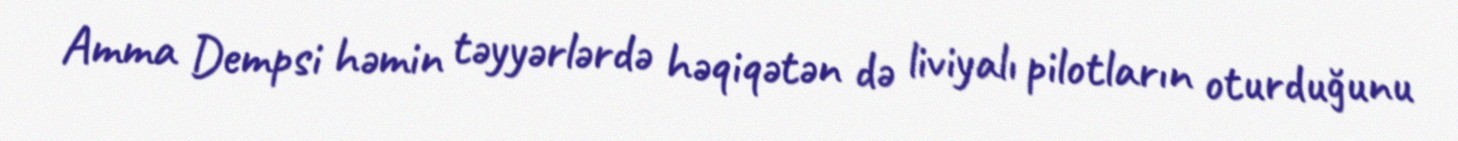
Amma Dempsi həmin təyyərlərdə həqiqətən də liviyalı pilotların oturduğunu